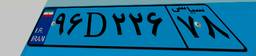
۱۶D۸۲۱۴۲